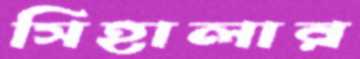
সিহালার